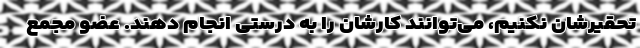
تحقیرشان نکنیم، می‌توانند کارشان را به درستی انجام دهند. عضو مجمع